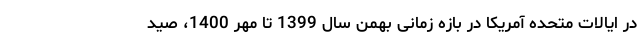
در ایالات متحده آمریکا در بازه زمانی بهمن سال 1399 تا مهر 1400، صید